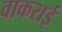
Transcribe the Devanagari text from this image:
वाकराई